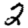
Digit: 2